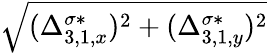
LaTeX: \sqrt{(\Delta_{3,1,x}^{\sigma*})^{2}+(\Delta_{3,1,y}^{\sigma*})^{2}}